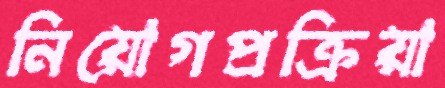
নিয়োগপ্রক্রিয়া